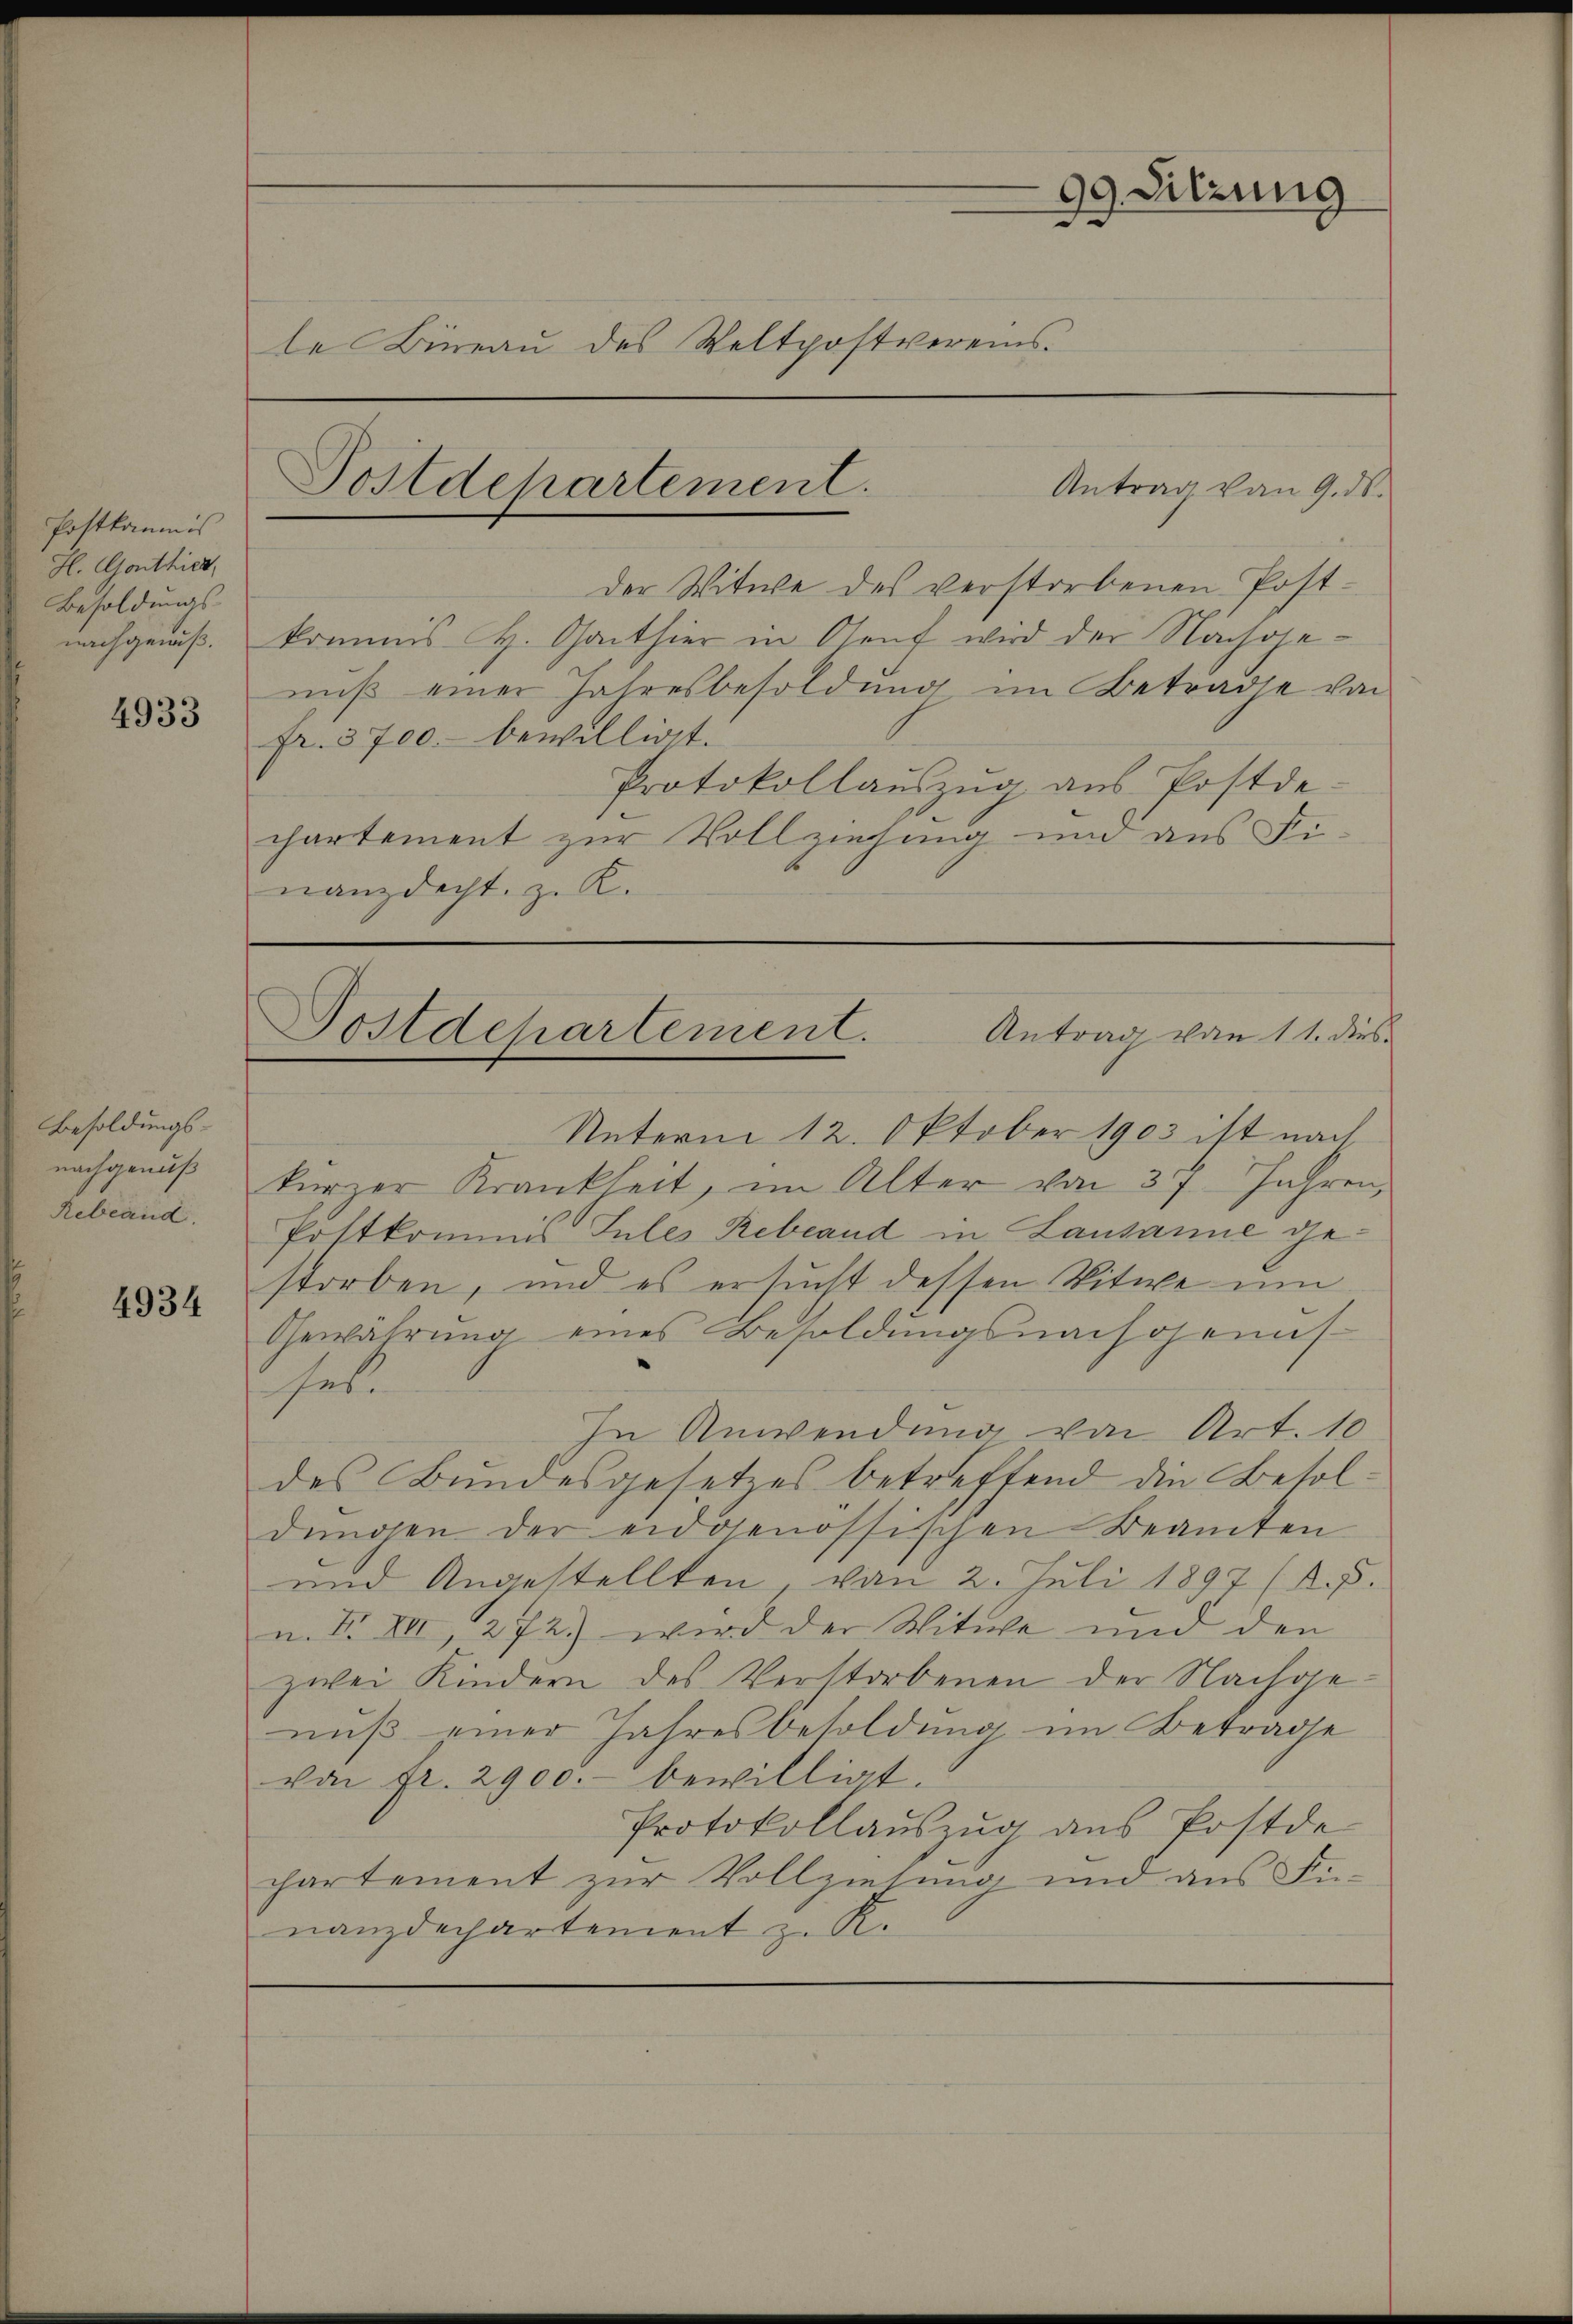
Postkommis
H. Gonthier,
Besoldungs-
nachgenuß.

4933

Besoldungs-
nachgenuß
Rebland

4934

99. Sitzung
le Büreau des Weltpostvereins¬

Postdepartement.
Antrag von 9. ds.

der Witwe des verstorbenen Postkommis H. Ganthier in Oleuf wird der Nachgeniß einer Jahresbesoldung im Betrade von
fr. 3700.- bewilligt.
Protokollaŭszŭg aŭs Postde-
chartement zur Vollziehung und aus Fi-
nanzdicht, z. K.

Postdepartement. Antrag von 11. dies

Unterm 12. Oktober 1903 ist nach
kurzer Krankheit, im Alter von 37 Jahren,
Postkommis Jules Rebland in Lausanne gestorben, und es ersucht dessen Vitwe um
Gewährung eines Besoldungsnachgenus
het.
In Anwendung von Art. 10
des Bundesgesetzes betreffend die Besoldungen der eidgenössischen Beamten
und Angestellten, von 2. Juli 1897 (A.P.
n. F. XII, 272) wird der Witwe und den
zwei Kindern des Verstorbenen der Nachgenuß einer Jahresbesoldung im Betrage
von fr. 2900.- bewilligt.
Protokollauszug aus Postde
chartement zur Vollziehung und aus Fe
nanzdechartement z. K.